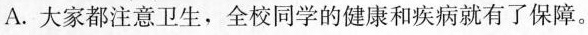
A.大家都注意卫生，全校同学的健康和疾病就有了保障。